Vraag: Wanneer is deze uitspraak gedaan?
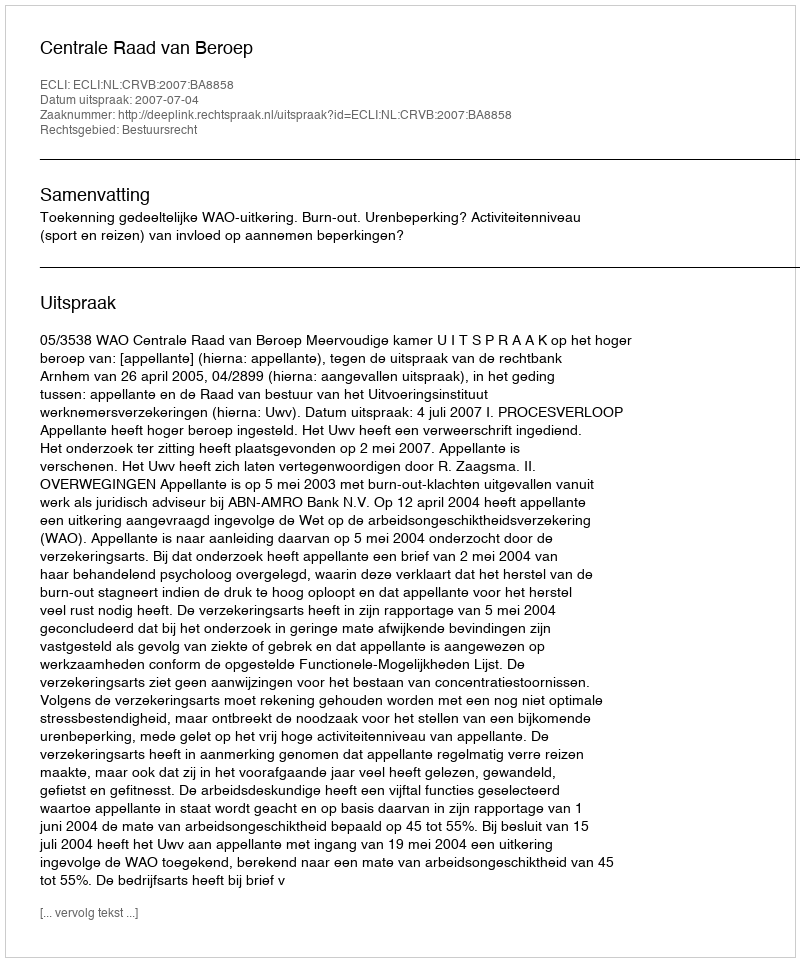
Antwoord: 2007-07-04